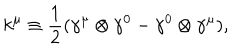
k ^ { \mu } \equiv \frac { 1 } { 2 } ( { \gamma } ^ { \mu } \otimes { \gamma } ^ { 0 } - { \gamma } ^ { 0 } \otimes { \gamma } ^ { \mu } ) ,